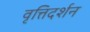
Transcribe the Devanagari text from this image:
वृत्तिदर्शन